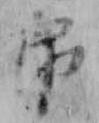
虎